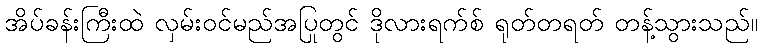
အိပ်ခန်းကြီးထဲ လှမ်းဝင်မည်အပြုတွင် ဒိုလားရက်စ် ရုတ်တရတ် တန့်သွားသည်။